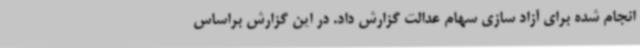
انجام شده برای آزاد سازی سهام عدالت گزارش داد. در این گزارش براساس